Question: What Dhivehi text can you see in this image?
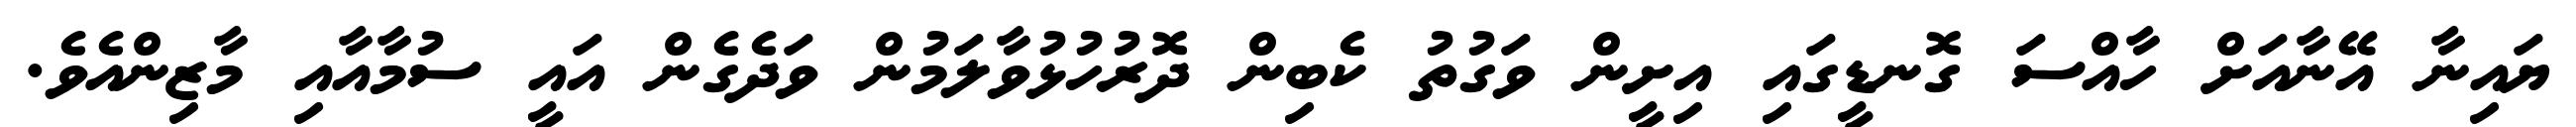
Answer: ޔައިނާ އޭނާއަށް ހާއްސަ ގޮނޑީގައި އިށީން ވަގުތު ކެބިން ދޮރުހުޅުވާލަމުން ވަދެގެން އައީ ސުމާއާއި މާޒިންއެވެ.